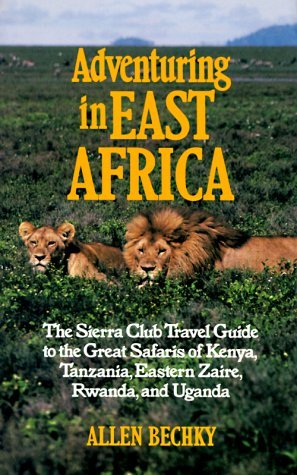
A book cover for By Allen Bechky Adventuring in East Africa: The Sierra Club Travel Guide to the Great Safaris of Kenya, Tanzania, Rw [Paperback]; Travel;